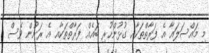
މި މައްސަލައާ އެ ފަރާތްތަކާއި ގުޅުންހުރި ބައެއް ފަރާތްތަކާއ އެ ރަށުން ވެސް